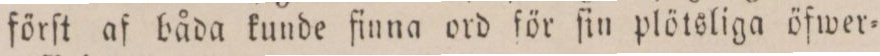
förſt af båda kunde finna ord för ſin plötsliga öfwer=